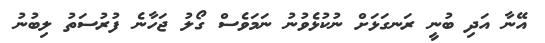
އޭނާ އަދި ބުނީ ރަނގަޅަށް ނުކުޅެވުނު ނަމަވެސް ގޯލު ޖަހާނެ ފުރުސަތު ލިބުނު